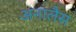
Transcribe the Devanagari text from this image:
अनालैस